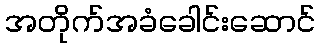
အတိုက်အခံခေါင်းဆောင်